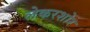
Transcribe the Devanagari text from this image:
लेकरशोर